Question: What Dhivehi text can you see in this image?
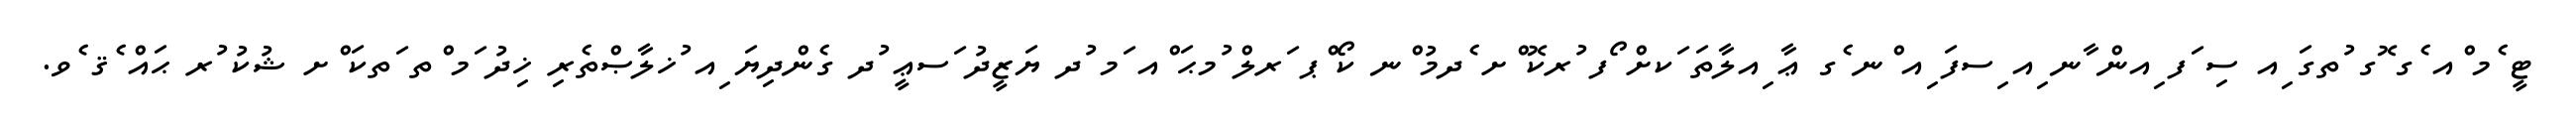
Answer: ޓީ ެމ ްއ ެގ ޮގ ުތގަ ިއ ސި ަފ ިއން ާނ ިއ ިސފަ ިއ ްނ ެގ ޢާ ިއލާތަ ަކށް ޯފ ުރކޮ ްށ ެދމު ްނ ކޯ ްޕ ަރލް ުމޙަ ްއ ަމ ުދ ޔަޒީދު ަސޢީ ުދ ގެންދިޔަ ިއ ުޚލާޞްތެރި ޚިދު ަމ ްތ ަތކަ ްށ ޝުކު ުރ ޙައް ެޤ ެވ.